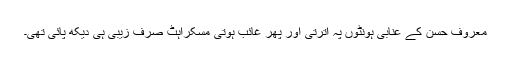
معروف حسن کے عنابی ہونٹوں پہ اترتی اور پھر غائب ہوتی مسکراہٹ صرف زیبی ہی دیکھ پائی تھی۔